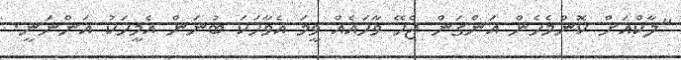
"ލާކްއަށް ކޮންމެހެން އަންގަން ޖެހޭ ވާހައެއް ވީމަ އެވާހަކަ ބުނަން އެމީހަކު އަންނަނީ.